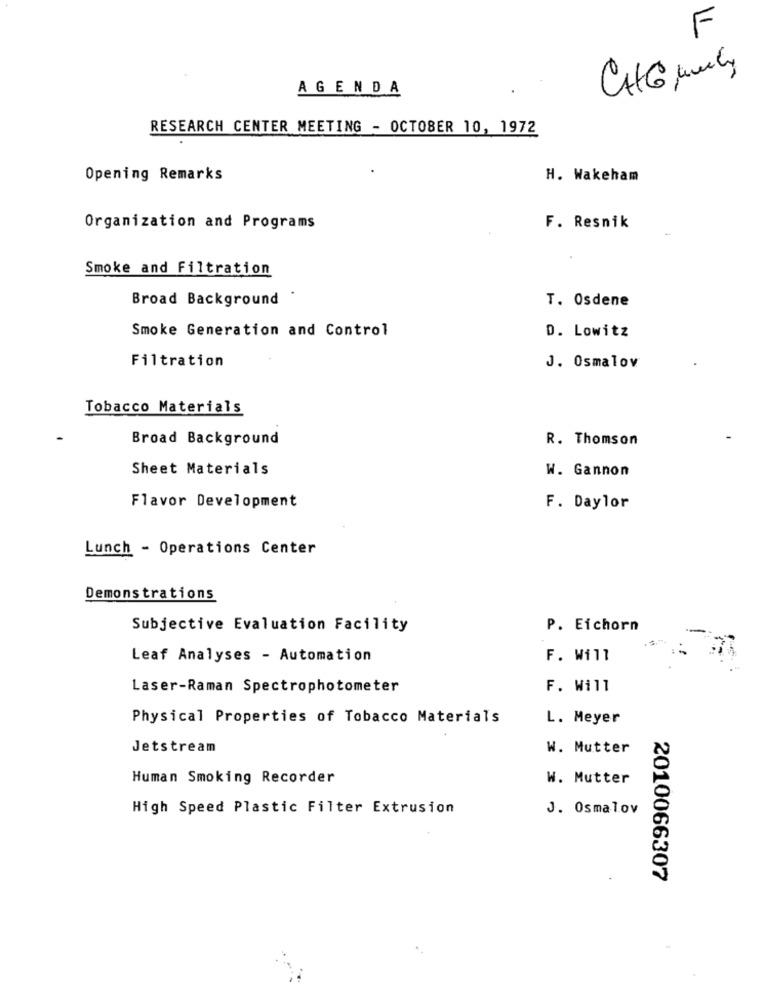
F
AGENDA
RESEARCH CENTER MEETING - OCTOBER 10, 1972
Opening Remarks
H. Wakeham
Organization and Programs
F. Resnik
Smoke and Filtration
Broad Background .
T. Osdene
Smoke Generation and Control
D. Lowitz
Filtration
J. Osmalov
Tobacco Materials
Broad Background
R. Thomson
Sheet Materials
W. Gannon
Flavor Development
F. Daylor
Lunch - Operations Center
Demonstrations
Subjective Evaluation Facility
P. Eichorn
Leaf Analyses - Automation
F. Will
Laser-Raman Spectrophotometer
F. Will
Physical Properties of Tobacco Materials
L. Meyer
Jetstream
W. Mutter
Human Smoking Recorder
W. Mutter
High Speed Plastic Filter Extrusion
J. Osmalov
2010066307